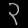
Digit: ၃